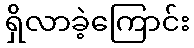
ရှိလာခဲ့ကြောင်း